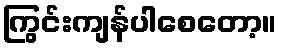
ကြွင်းကျန်ပါစေတော့။